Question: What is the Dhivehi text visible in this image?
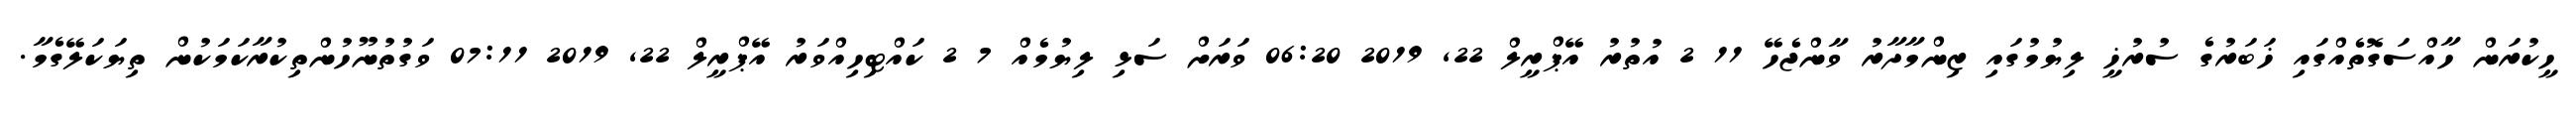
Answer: ހީކުރަން ހާއްސަގޮތެއްގައި ޚަބަރުގެ ސުރުޚީ ލިޔުމުގައި ޒިންމާދާރު ވާންޖެހޭ 11 2 އުތުރު އޭޕްރީލް 22, 2019 06:20 ވަރަށް ސަޅި ލިޔުމެއް 7 2 ކައްޓިހިއްވަރު އޭޕްރީލް 22, 2019 07:11 ވަގުތުނޫހުންތިކުރާކަމަކުން ތިޔަކަލޭގެމާ.